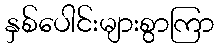
နှစ်ပေါင်းများစွာကြာ